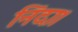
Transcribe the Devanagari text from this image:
निंदा।